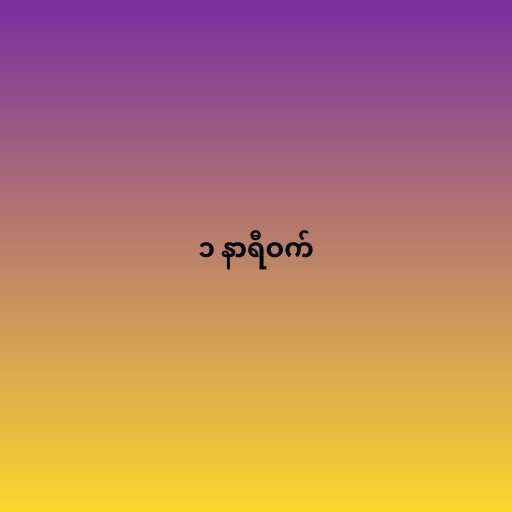
၁ နာရီဝက်